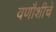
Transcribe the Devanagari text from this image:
वणौशीचे